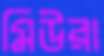
মিউরা